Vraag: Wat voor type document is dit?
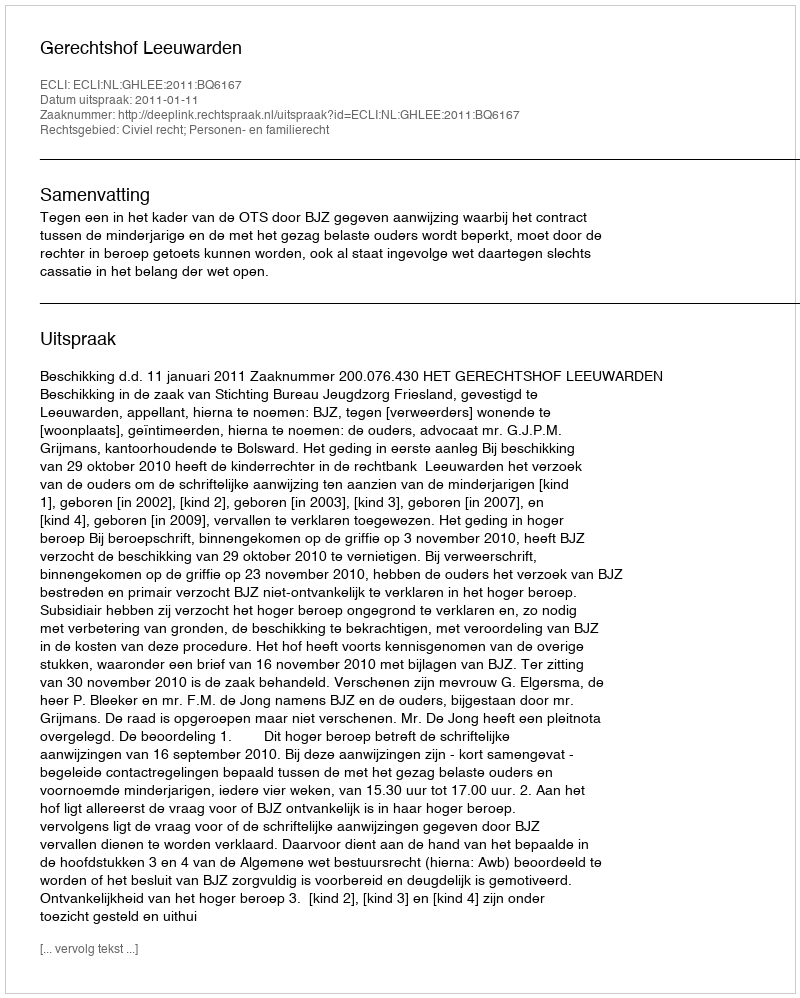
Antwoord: Uitspraak